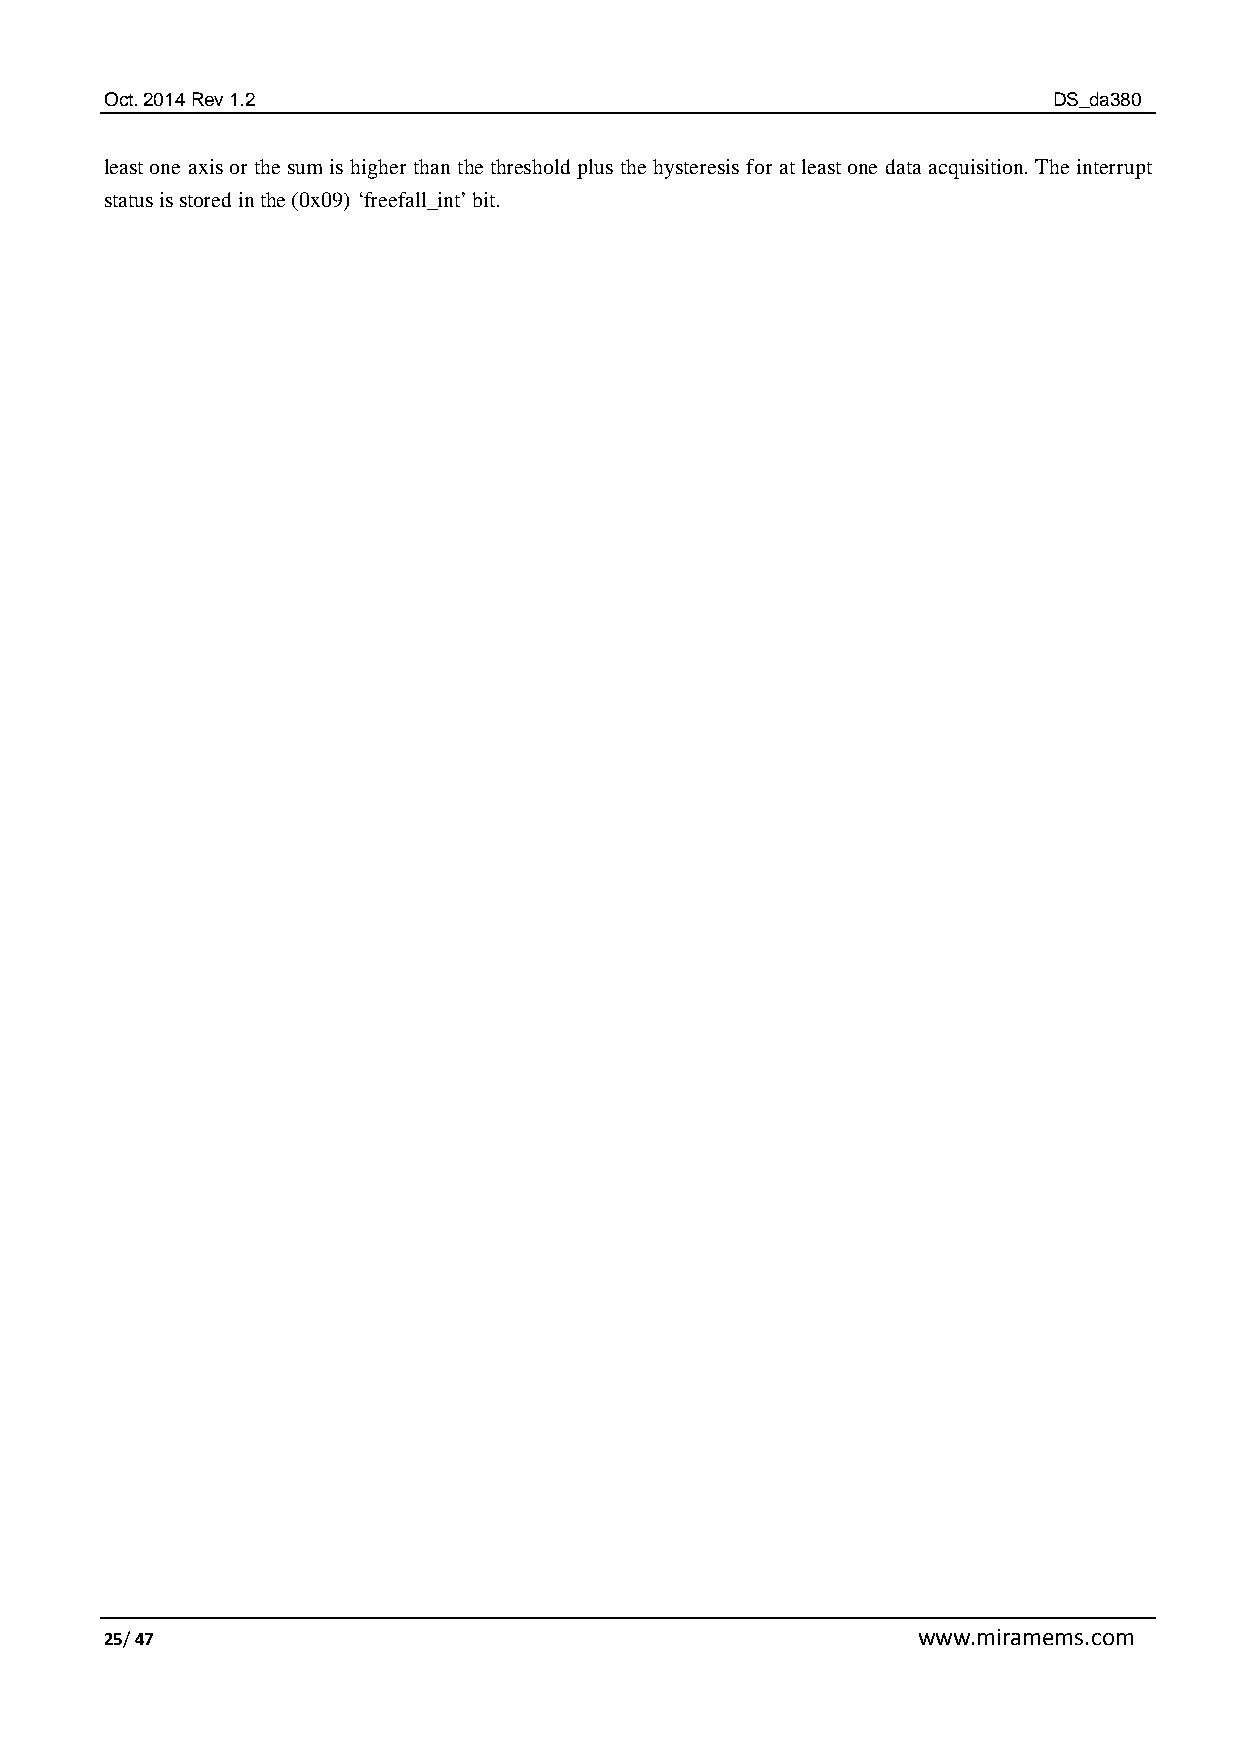
Oct. 2014 Rev 1.2                                              DS_da380
 least one axis or the sum is higher than the threshold plus the hysteresis for at least one data acquisition. The interrupt
 status is stored in the (0x09) ‘freefall_int’ bit.
 25/ 47                                                www.miramems.com